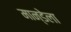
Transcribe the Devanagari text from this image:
मान्डेला